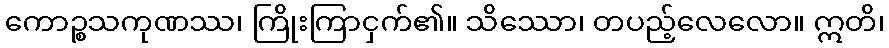
ကောဉ္စသကုဏဿ၊ ကြိုးကြာငှက်၏။ သိဿော၊ တပည့်လေလော။ ဣတိ၊